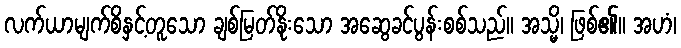
လက်ယာမျက်စိနှင့်တူသော ချစ်မြတ်နိုးသော အဆွေခင်ပွန်းစစ်သည်။ အသ္မိ၊ ဖြစ်၏။ အဟံ၊